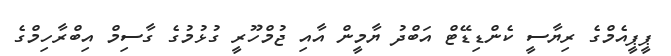
ޕީޕީއެމްގެ ރިޔާސީ ކެންޑިޑޭޓް އަބްދު ޔާމީން އާއި ޖުމްހޫރީ ގުޅުމުގެ ގާސިމް އިބްރާހިމްގެ